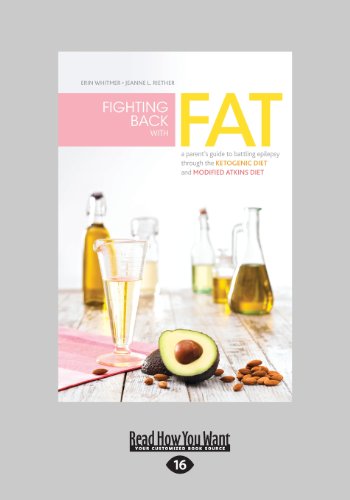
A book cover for Fighting Back with Fat: A Parent's Guide to Battling Epilepsy through the Ketogenic Diet and Modified Atkins Diet; Erin Whitmer; Health, Fitness & Dieting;